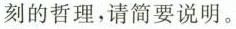
刻的哲理，请简要说明。